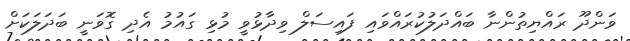
ވަންދޫ ރައްޔިތުންނާ ބައްދަލުކުރައްވައި ފައިސަލް ވިދާޅުވީ މުޅި ގައުމު އެދި ގޮވަނީ ބަދަލަކަށް